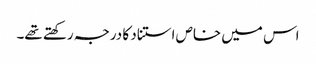
اس میں خاص استناد کا درجہ رکھتے تھے۔